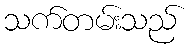
သက်တမ်းသည်